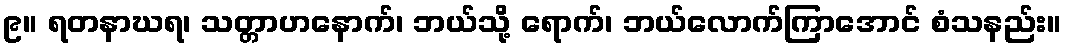
၉။ ရတနာဃရ၊ သတ္တာဟနောက်၊ ဘယ်သို့ ရောက်၊ ဘယ်လောက်ကြာအောင် စံသနည်း။